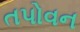
તપોવન